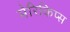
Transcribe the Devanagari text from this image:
मेरिकिप्स